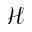
\mathcal { H }